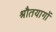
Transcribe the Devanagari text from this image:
श्रौतयागों